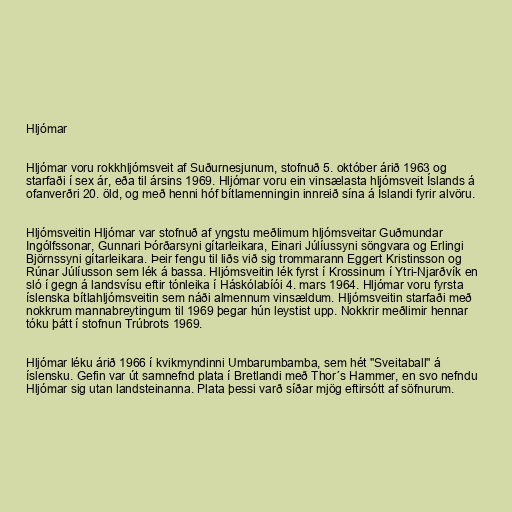
Hljómar

Hljómar voru rokkhljómsveit af Suðurnesjunum, stofnuð 5. október árið 1963 og
starfaði í sex ár, eða til ársins 1969. Hljómar voru ein vinsælasta hljómsveit Íslands á
ofanverðri 20. öld, og með henni hóf bítlamenningin innreið sína á Íslandi fyrir alvöru.

Hljómsveitin Hljómar var stofnuð af yngstu meðlimum hljómsveitar Guðmundar
Ingólfssonar, Gunnari Þórðarsyni gítarleikara, Einari Júlíussyni söngvara og Erlingi
Björnssyni gítarleikara. Þeir fengu til liðs við sig trommarann Eggert Kristinsson og
Rúnar Júlíusson sem lék á bassa. Hljómsveitin lék fyrst í Krossinum í Ytri-Njarðvík en
sló í gegn á landsvísu eftir tónleika í Háskólabíói 4. mars 1964. Hljómar voru fyrsta
íslenska bítlahljómsveitin sem náði almennum vinsældum. Hljómsveitin starfaði með
nokkrum mannabreytingum til 1969 þegar hún leystist upp. Nokkrir meðlimir hennar
tóku þátt í stofnun Trúbrots 1969.

Hljómar léku árið 1966 í kvikmyndinni Umbarumbamba, sem hét "Sveitaball" á
íslensku. Gefin var út samnefnd plata í Bretlandi með Thor´s Hammer, en svo nefndu
Hljómar sig utan landsteinanna. Plata þessi varð síðar mjög eftirsótt af söfnurum.